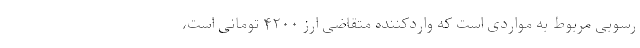
رسوبی مربوط به مواردی است که واردکننده متقاضی ارز ۴۲۰۰ تومانی است،